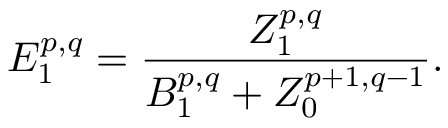
E _ { 1 } ^ { p , q } = { \frac { Z _ { 1 } ^ { p , q } } { B _ { 1 } ^ { p , q } + Z _ { 0 } ^ { p + 1 , q - 1 } } } .